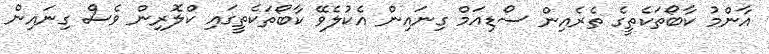
އާންމު ކާބޯތަކެތީގެ ތެރެއިން ސޯޑިއަމް ގިނައިން އެކުލެވޭ ކާބޯތަކެތީގައި ކްލޮރިން ވެސް ގިނައިން